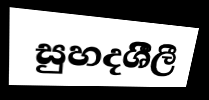
සුහදශීීලී